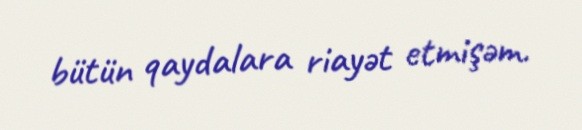
bütün qaydalara riayət etmişəm.